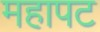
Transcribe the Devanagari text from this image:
महापट